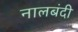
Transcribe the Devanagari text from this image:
नालबंदी